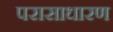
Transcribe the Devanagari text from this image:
परासाधारण